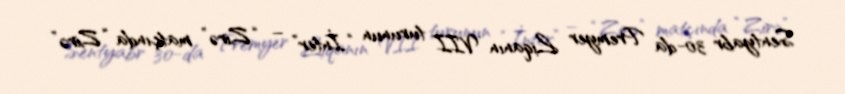
Sentyabr 30-da Premyer Liqanın VII turunun “İnter” – “Zirə” matçında “Zirə”